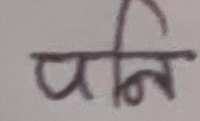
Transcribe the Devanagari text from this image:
पनि